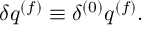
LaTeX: \delta q ^ { ( f ) } \equiv \delta ^ { ( 0 ) } q ^ { ( f ) } .